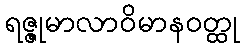
ရဇ္ဇုမာလာဝိမာနဝတ္ထု